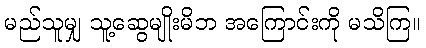
မည်သူမျှ သူ့ဆွေမျိုးမိဘ အကြောင်းကို မသိကြ။